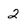
Character: 2